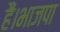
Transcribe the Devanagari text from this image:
हैं।भाजपा